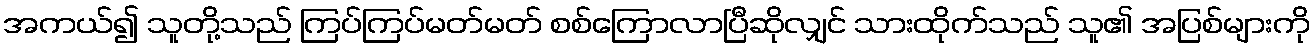
အကယ်၍ သူတို့သည် ကြပ်ကြပ်မတ်မတ် စစ်ကြောလာပြီဆိုလျှင် သားထိုက်သည် သူ၏ အပြစ်များကို